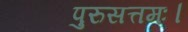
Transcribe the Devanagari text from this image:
पुरुसत्तमः।